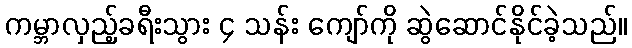
ကမ္ဘာလှည့်ခရီးသွား ၄ သန်း ကျော်ကို ဆွဲဆောင်နိုင်ခဲ့သည်။